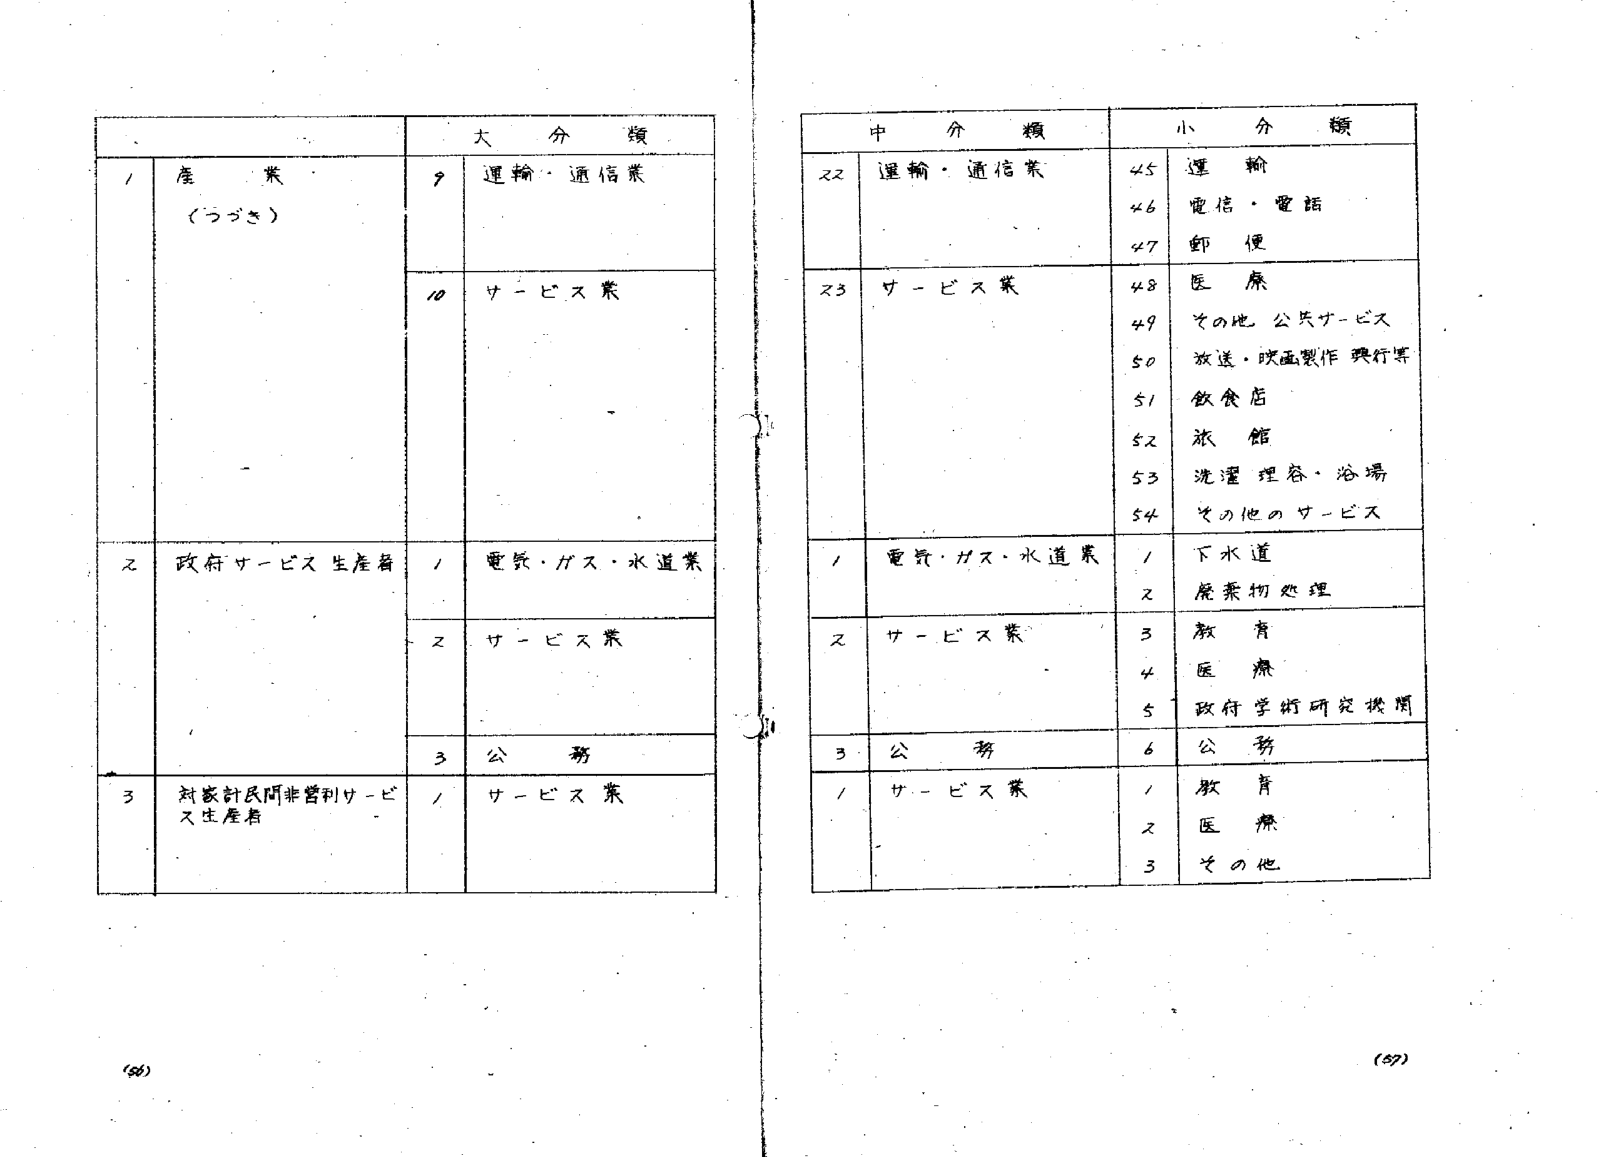
大分類
1 産業（つづき）
　　9 運輸・通信業
　　10 サービス業
2 政府サービス生産者
　　1 電気・ガス・水道業
　　2 サービス業
　　3 公務
3 対家計民間非営利サービス生産者
　　1 サービス業

中分類　　　　　　　小分類
22 運輸・通信業
　　45 運輸
　　46 電信・電話
　　47 郵便
23 サービス業
　　48 医療
　　49 その他 公共サービス
　　50 放送・映画製作・興行等
　　51 飲食店
　　52 旅館
　　53 洗濯・理容・浴場
　　54 その他のサービス
1 電気・ガス・水道業
　　1 下水道
　　2 廃棄物処理
2 サービス業
　　3 教育
　　4 医療
　　5 政府学術研究機関
3 公務
　　6 公務
1 サービス業
　　1 教育
　　2 医療
　　3 その他

(56)
(57)